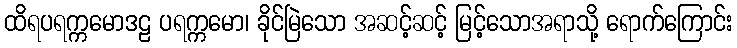
ထိရပရက္ကမောဒဠ ပရက္ကမော၊ ခိုင်မြဲသော အဆင့်ဆင့် မြင့်သောအရာသို့ ရောက်ကြောင်း